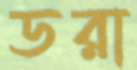
ডরা